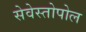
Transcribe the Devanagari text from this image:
सेवेस्तोपोल